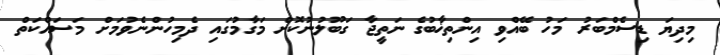
މިދިޔަ ޑިސެމްބަރު މަހު ބޭއްވި އިންތިޚާބުގެ ނަތީޖާ ގަބޫލުނުކޮށް މަގާމުގައި ދެމިހުންނެވުމަށް މަސައްކަތް